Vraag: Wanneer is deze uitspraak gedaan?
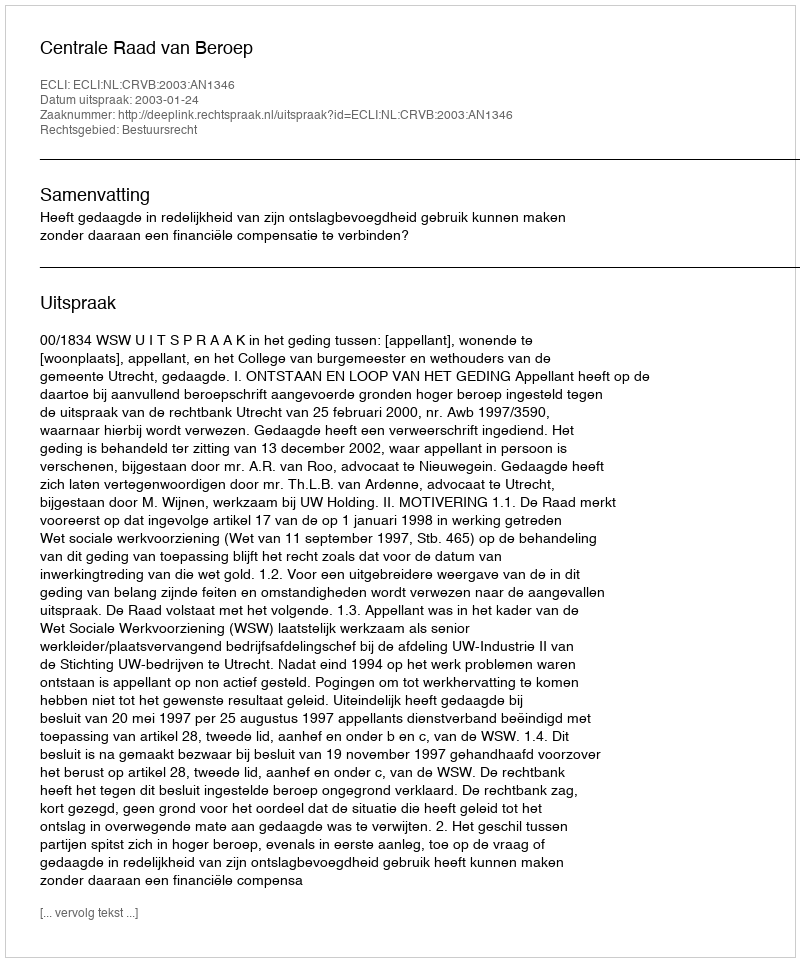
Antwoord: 2003-01-24